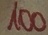
Text: 100